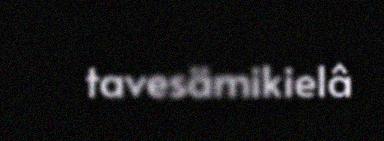
tavesämikielâ